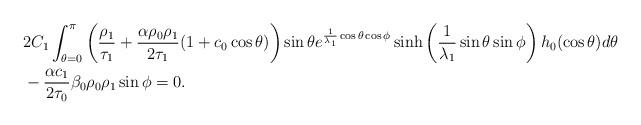
LaTeX: \begin{align*}& 2C_1\int_{\theta = 0}^{\pi}\left(\frac{\rho_{1}}{\tau_{1}} + \frac{\alpha\rho_{0}\rho_{1}}{2\tau_{1}}(1 +c_{0}\cos\theta)\right)\sin\theta e^{\frac{1}{\lambda_{1}}\cos\theta\cos\phi}\sinh\left(\frac{1}{\lambda_{1}}\sin\theta\sin\phi\right) h_{0}(\cos\theta)d\theta\\&-\frac{\alpha c_{1}}{2\tau_{0}}\beta_{0}\rho_{0}\rho_{1} \sin\phi = 0.\end{align*}